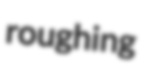
roughing